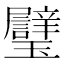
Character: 𱰄